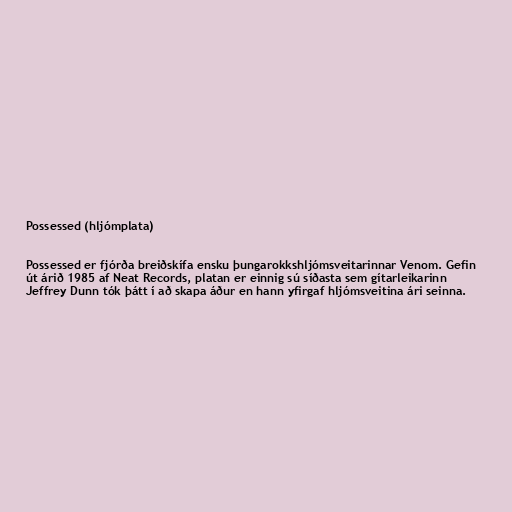
Possessed (hljómplata)

Possessed er fjórða breiðskífa ensku þungarokkshljómsveitarinnar Venom. Gefin
út árið 1985 af Neat Records, platan er einnig sú síðasta sem gítarleikarinn
Jeffrey Dunn tók þátt í að skapa áður en hann yfirgaf hljómsveitina ári seinna.